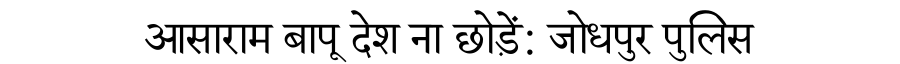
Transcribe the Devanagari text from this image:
आसाराम बापू देश ना छोड़ें: जोधपुर पुलिस